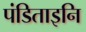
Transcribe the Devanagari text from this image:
पंडिताइनि